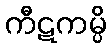
ကီဋကမ္ပိ